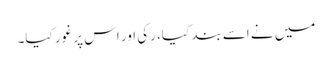
میں نے اسے بند کیا، رکی اور اس پر غور کیا۔